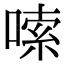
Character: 嗦